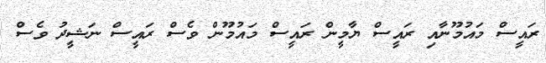
ރައީސް މައުމޫނާއި ރައީސް ޔާމީން ރައީސް މައުމޫން ވެސް ރައީސް ނަޝީދު ވެސް